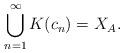
LaTeX: \begin{align*}\bigcup_{n=1}^\infty K(c_n) = X_A.\end{align*}